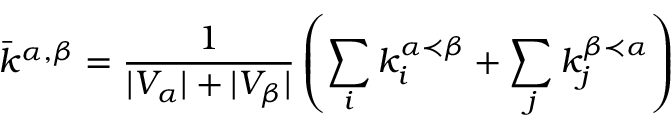
\bar { k } ^ { \alpha , \beta } = \frac { 1 } { | V _ { \alpha } | + | V _ { \beta } | } \left( \sum _ { i } { k _ { i } ^ { \alpha \prec \beta } } + \sum _ { j } { k _ { j } ^ { \beta \prec \alpha } } \right)